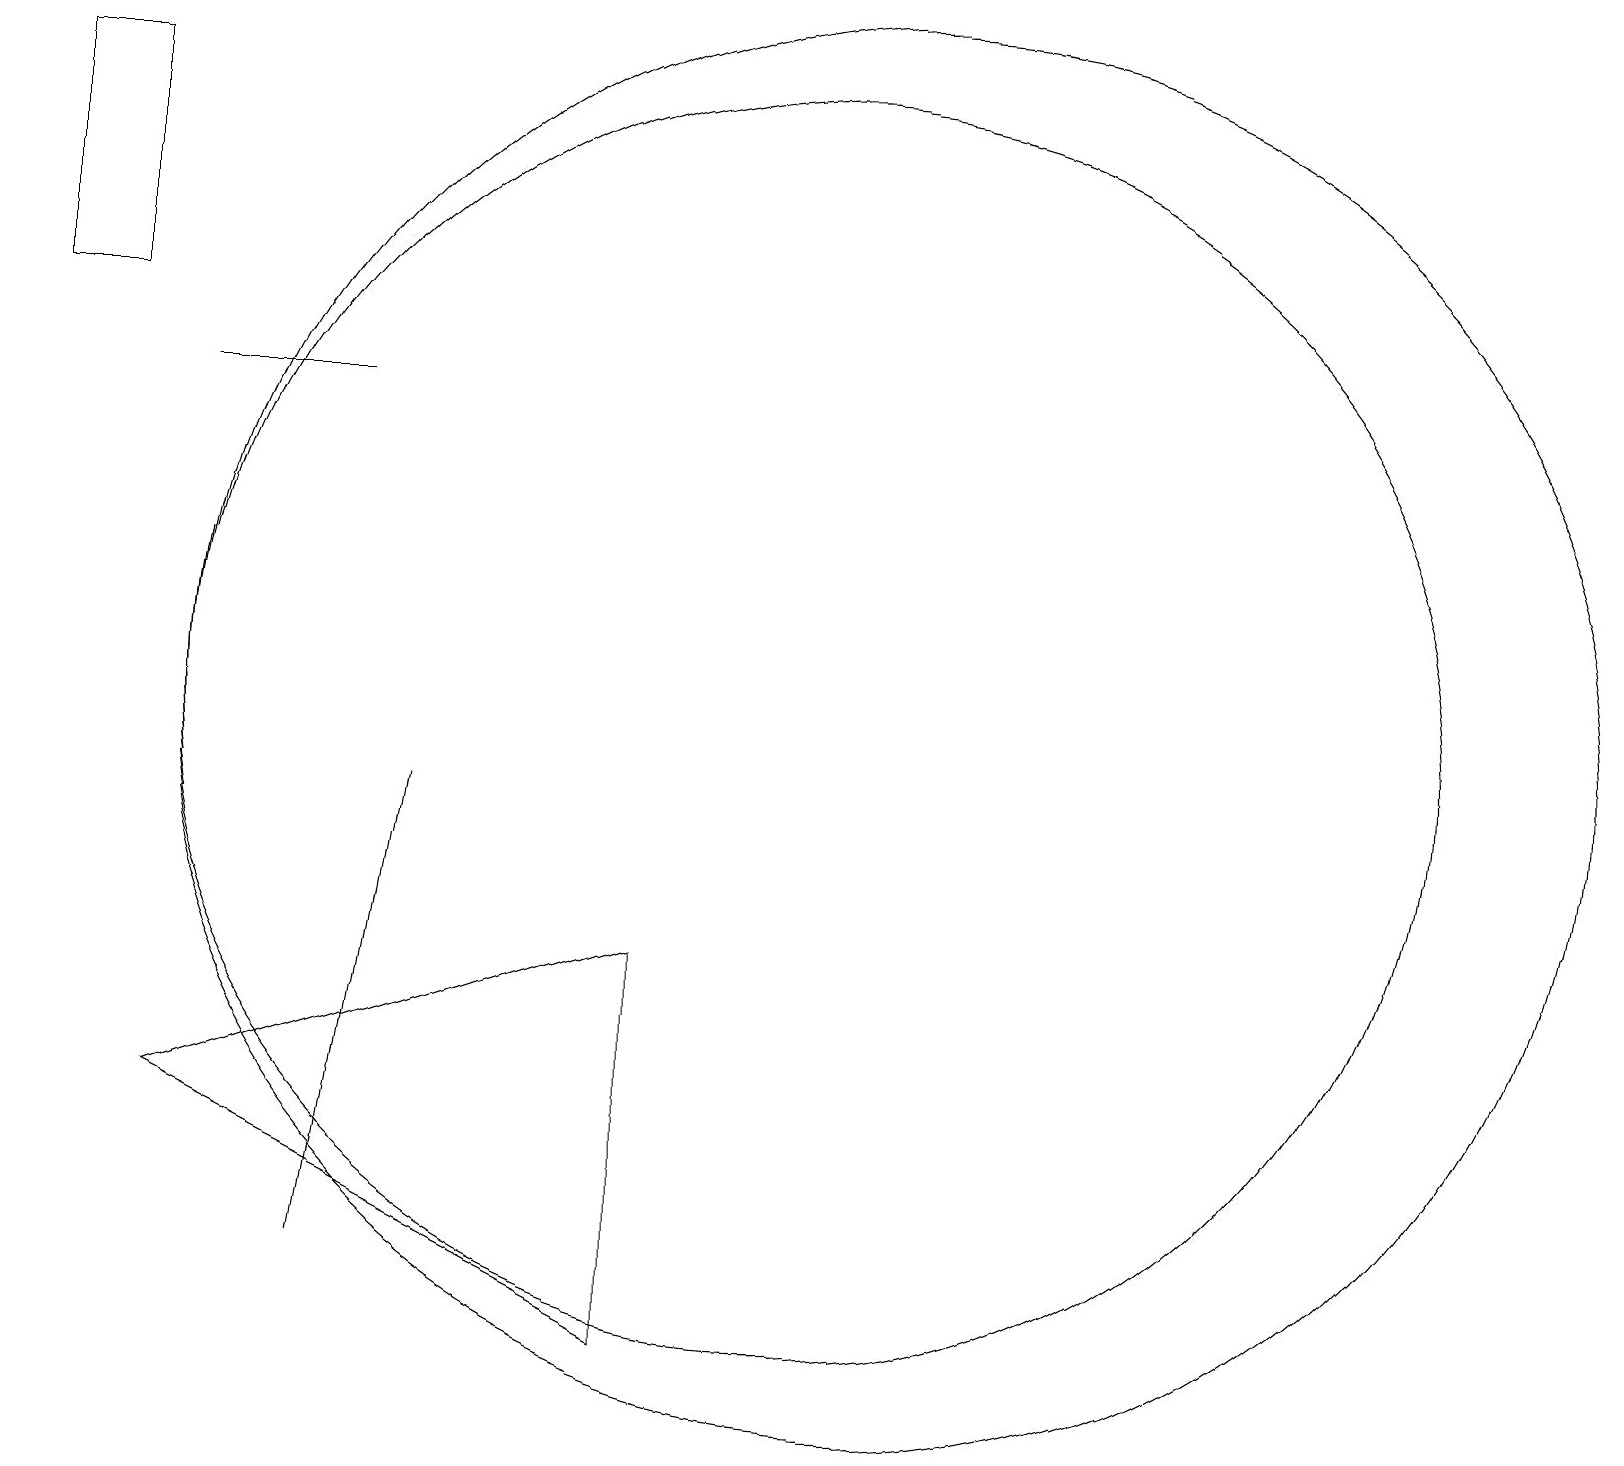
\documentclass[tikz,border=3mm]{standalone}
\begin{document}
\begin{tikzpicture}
\draw (10,10) circle (8);
\draw (4,14) rectangle (2,14);
\draw (8,2) -- (2,5) -- (8,7) -- cycle;
\draw (1,15) rectangle (0,18);
\draw (11,10) circle (9);
\draw (4,3) -- (5,9) -- (5,9) -- cycle;
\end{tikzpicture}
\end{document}